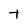
Character: t